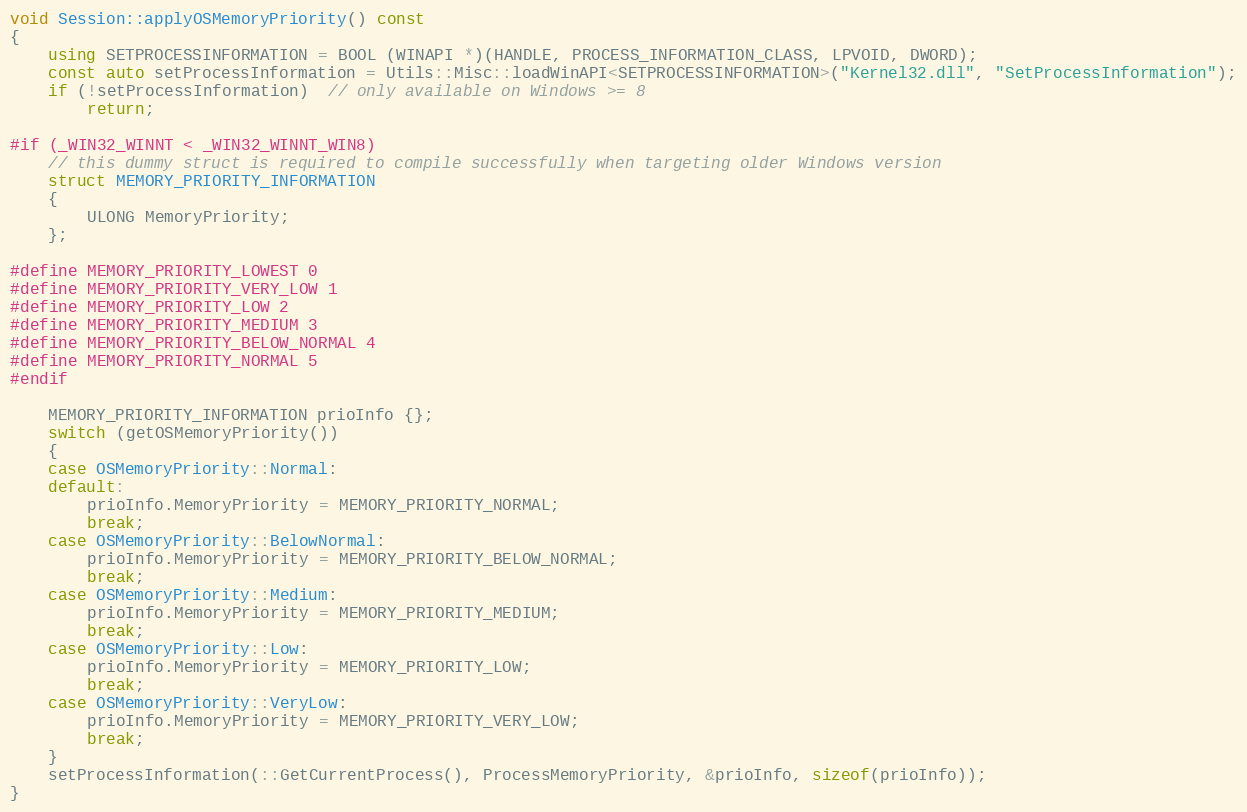
Language: C++
void Session::applyOSMemoryPriority() const
{
    using SETPROCESSINFORMATION = BOOL (WINAPI *)(HANDLE, PROCESS_INFORMATION_CLASS, LPVOID, DWORD);
    const auto setProcessInformation = Utils::Misc::loadWinAPI<SETPROCESSINFORMATION>("Kernel32.dll", "SetProcessInformation");
    if (!setProcessInformation)  // only available on Windows >= 8
        return;

#if (_WIN32_WINNT < _WIN32_WINNT_WIN8)
    // this dummy struct is required to compile successfully when targeting older Windows version
    struct MEMORY_PRIORITY_INFORMATION
    {
        ULONG MemoryPriority;
    };

#define MEMORY_PRIORITY_LOWEST 0
#define MEMORY_PRIORITY_VERY_LOW 1
#define MEMORY_PRIORITY_LOW 2
#define MEMORY_PRIORITY_MEDIUM 3
#define MEMORY_PRIORITY_BELOW_NORMAL 4
#define MEMORY_PRIORITY_NORMAL 5
#endif

    MEMORY_PRIORITY_INFORMATION prioInfo {};
    switch (getOSMemoryPriority())
    {
    case OSMemoryPriority::Normal:
    default:
        prioInfo.MemoryPriority = MEMORY_PRIORITY_NORMAL;
        break;
    case OSMemoryPriority::BelowNormal:
        prioInfo.MemoryPriority = MEMORY_PRIORITY_BELOW_NORMAL;
        break;
    case OSMemoryPriority::Medium:
        prioInfo.MemoryPriority = MEMORY_PRIORITY_MEDIUM;
        break;
    case OSMemoryPriority::Low:
        prioInfo.MemoryPriority = MEMORY_PRIORITY_LOW;
        break;
    case OSMemoryPriority::VeryLow:
        prioInfo.MemoryPriority = MEMORY_PRIORITY_VERY_LOW;
        break;
    }
    setProcessInformation(::GetCurrentProcess(), ProcessMemoryPriority, &prioInfo, sizeof(prioInfo));
}